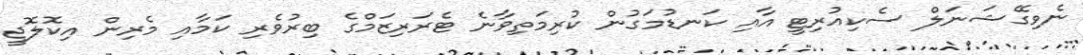
ނެވިގޭޝަނަލް ސެކިއުރިޓީ އާއި ކަނޑުމަގުން ކުރިމަތިވާނެ ޓެރަރިޒަމްގެ ބިރުވެރި ކަމާއި މެރިން އިކޮލޮޖީ